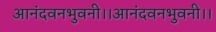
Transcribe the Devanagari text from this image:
आनंदवनभुवनी।।आनंदवनभुवनी।।